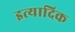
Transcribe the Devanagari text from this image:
इत्यादिक